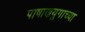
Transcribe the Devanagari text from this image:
पाषाणयुगाच्या